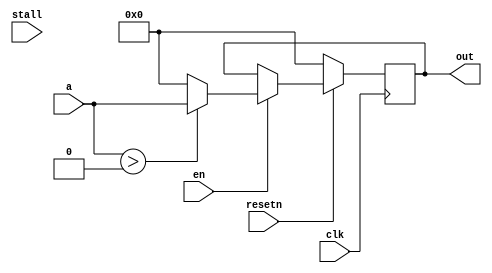
module activation_32(
 input clk,
 input resetn,
 input en,
 input stall,
 input [32-1:0] a,
 output reg[32-1:0] out
);

always@(posedge clk)begin
  if(!resetn)
    out <= 'h0;
  else
    if(en)
      if(a>0)
        out <= a;
      else
        out <= 0;
end

endmodule